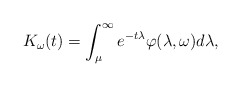
\begin{align*}K_\omega(t)=\int_{\mu}^{\infty} e^{-t\lambda} \varphi(\lambda,\omega)d\lambda,\end{align*}